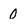
Character: 0